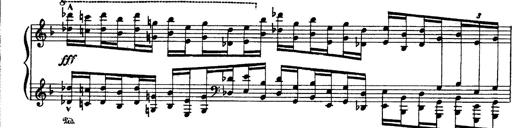
Title: Paraphrase de concert sur Ernani II
Composer: Franz Liszt